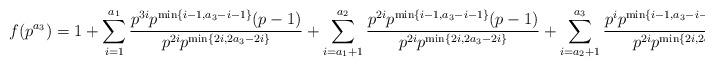
LaTeX: \begin{align*} f(p^{a_{3}}) = 1 + \sum_{i=1}^{a_{1}} \frac{p^{3i} p^{\min\{ i-1, a_{3} - i-1\}} (p-1)}{p^{2i} p^{\min \{2i, 2a_{3} - 2i\}}} + \sum_{i=a_{1}+1}^{a_{2}} \frac{p^{2i} p^{\min\{ i-1, a_{3} - i - 1\}} (p-1)}{p^{2i} p^{\min \{2i, 2a_{3} - 2i\}}} + \sum_{i=a_{2}+1}^{a_{3}} \frac{p^{i} p^{\min\{ i-1, a_{3} - i - 1\}} (p-1)}{p^{2i} p^{\min \{2i, 2a_{3} - 2i\}}}.\end{align*}